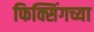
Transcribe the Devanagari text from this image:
फिक्सिंगच्या